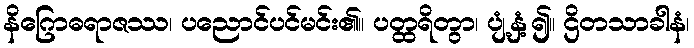
နိဂြောဓရာဇဿ၊ ပညောင်ပင်မင်း၏။ ပတ္ထရိတွာ၊ ပျံ့နှံ့၍။ ဌိတသာခါနံ၊